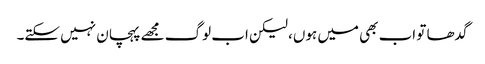
گدھا تو اب بھی میں ہوں، لیکن اب لوگ مجھے پہچان نہیں سکتے۔